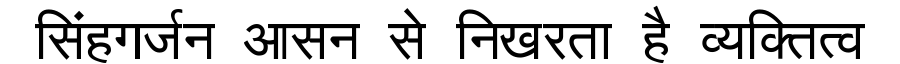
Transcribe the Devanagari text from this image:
सिंहगर्जन आसन से निखरता है व्यक्तित्व